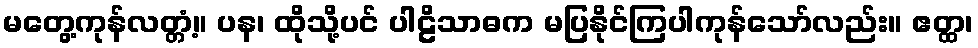
မတွေ့ကုန်လတ္တံ့။ ပန၊ ထိုသို့ပင် ပါဠိသာဓက မပြနိုင်ကြပါကုန်သော်လည်း။ ဧတ္ထ၊